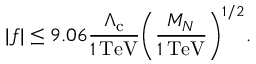
| f | \le 9 . 0 6 \frac { \Lambda _ { \mathrm { c } } } { 1 \, \mathrm { T e V } } \biggl ( \frac { M _ { N } } { 1 \, \mathrm { T e V } } \biggr ) ^ { 1 / 2 } .